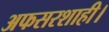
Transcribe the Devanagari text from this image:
अफसरशाही।